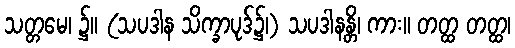
သတ္တမေ၊ ၌။ (သပဒါန သိက္ခာပုဒ်၌၊) သပဒါနန္တိ၊ ကား။ တတ္ထ တတ္ထ၊